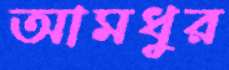
আমধুর